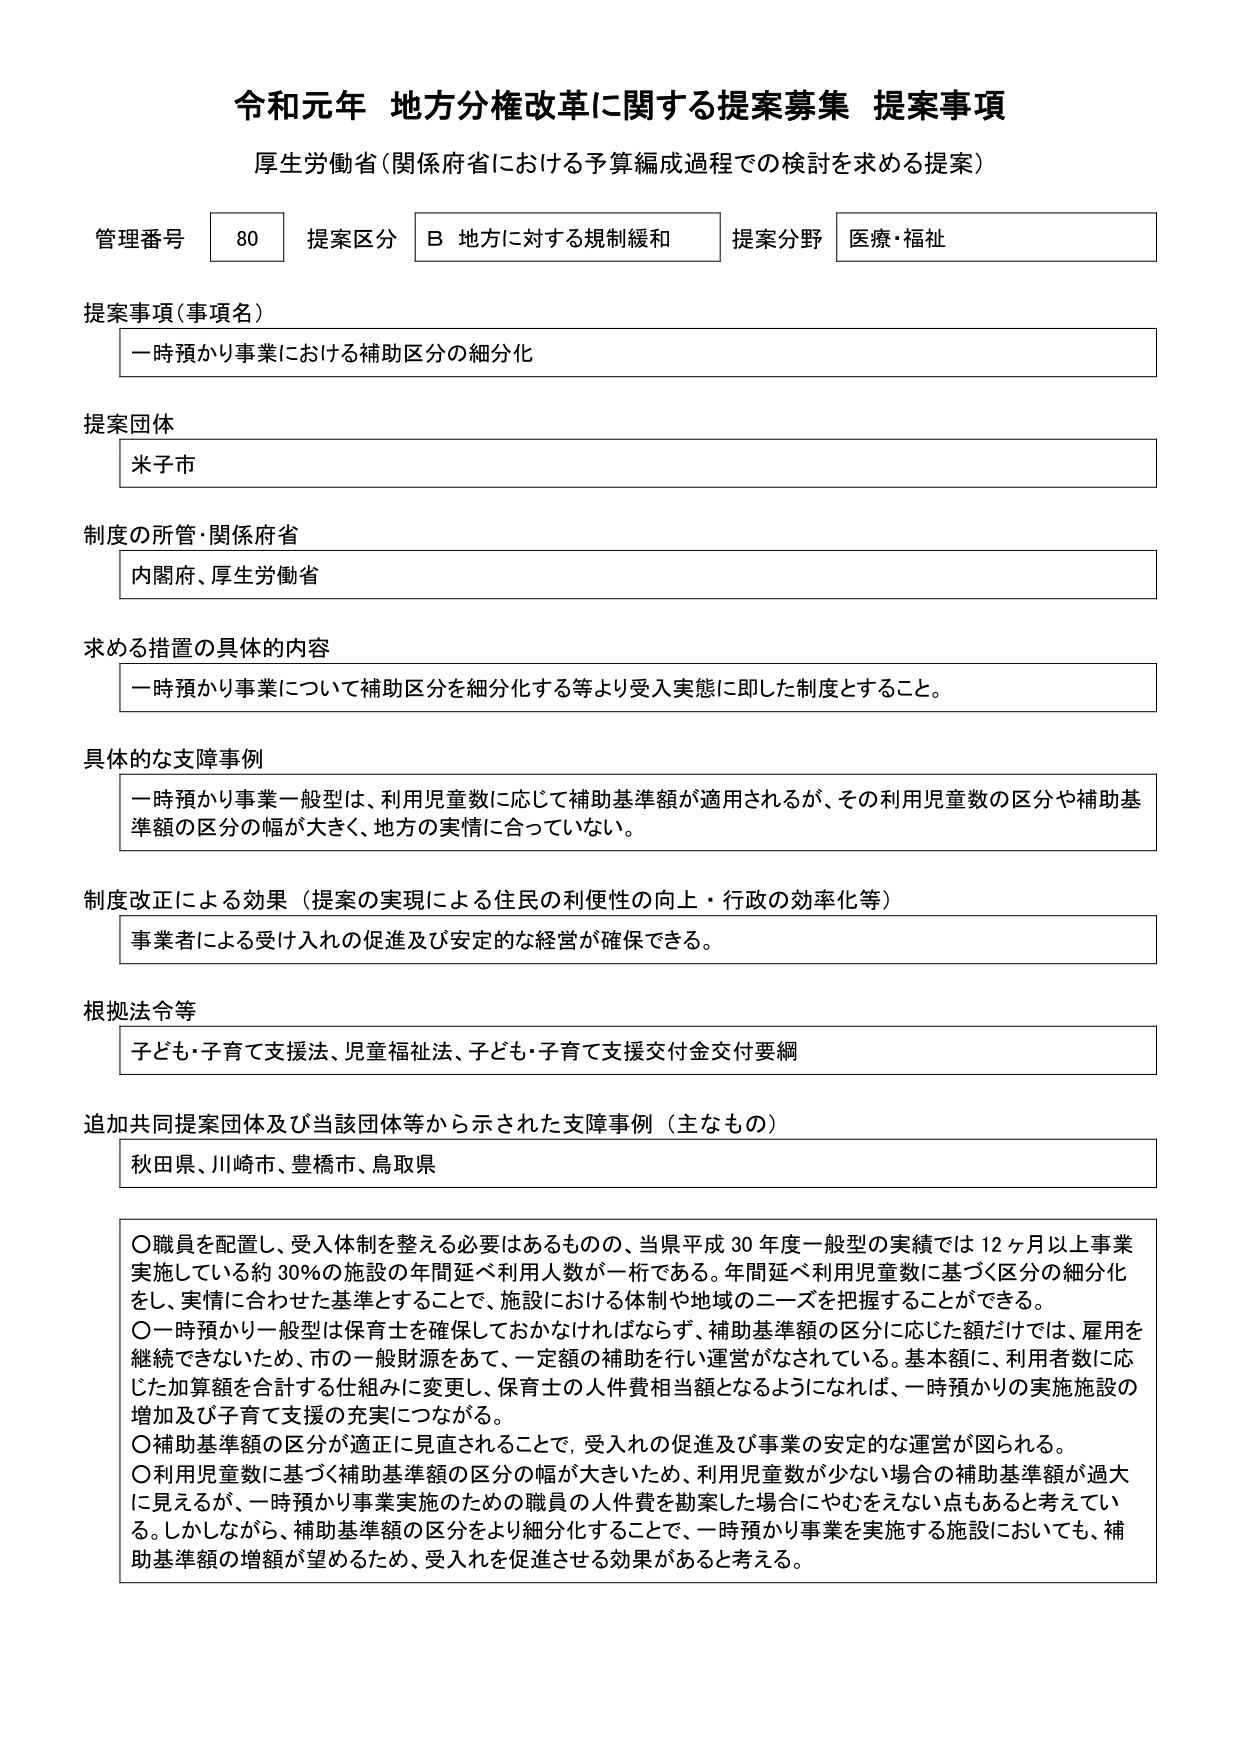
令和元年 地方分権改革に関する提案募集 提案事項
厚生労働省（関係府省における予算編成過程での検討を求める提案）

管理番号 80 提案区分 B 地方に対する規制緩和 提案分野 医療・福祉

提案事項（事項名）
一時預かり事業における補助区分の細分化

提案団体
米子市

制度の所管・関係府省
内閣府、厚生労働省

求める措置の具体的な内容
一時預かり事業について補助区分を細分化する等より受入実態に即した制度とすること。

具体的な支障事例
一時預かり事業一般型は、利用児童数に応じて補助基準額が適用されるが、その利用児童数の区分や補助基準額の区分の幅が大きく、地方の実情に合っていない。

制度改正による効果（提案の実現による住民の利便性の向上・行政の効率化等）
事業者による受け入れの促進及び安定的な経営が確保できる。

根拠法令等
子ども・子育て支援法、児童福祉法、子ども・子育て支援交付金交付要綱

追加共同提案団体及び当該団体等から示された支障事例（主なもの）
秋田県、川崎市、豊橋市、鳥取県

〇職員を配置し、受入体制を整える必要はあるものの、当県平成30年度一般型の実績では12ヶ月以上事業実施している約30％の施設の年間延べ利用人数が一桁である。年間延べ利用児童数に基づく区分の細分化をし、実情に合わせた基準とすることで、施設における体制や地域のニーズを把握することができる。
〇一時預かり一般型は保育士を確保しておかなければならず、補助基準額の区分に応じた額だけでは、雇用を継続できないため、市の一般財源をあて、一定額の補助を行い運営がなされている。基本額に、利用者数に応じた加算額を合計する仕組みに変更し、保育士の人件費相当額となるようになれば、一時預かりの実施施設の増加及び子育て支援の充実につながる。
〇補助基準額の区分が適正に見直されることで、受入れの促進及び事業の安定的な運営が図られる。
〇利用児童数に基づく補助基準額の区分の幅が大きいため、利用児童数が少ない場合の補助基準額が過大に見えるが、一時預かり事業実施のための職員の人件費を勘案した場合にやむをえない点もあると考えている。しかしながら、補助基準額の区分をより細分化することで、一時預かり事業を実施する施設においても、補助基準額の増額が望めるため、受入れを促進させる効果があると考える。